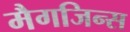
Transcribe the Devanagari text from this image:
मैगजिन्स